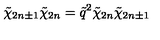
\tilde { \chi } _ { 2 n \pm 1 } \tilde { \chi } _ { 2 n } = \tilde { q } ^ { 2 } \tilde { \chi } _ { 2 n } \tilde { \chi } _ { 2 n \pm 1 }